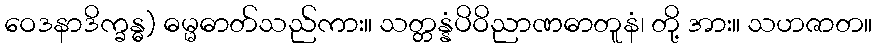
ဝေဒနာဒိက္ခန္ဓ) ဓမ္မဓာတ်သည်ကား။ သတ္တန္နံပိဝိညာဏဓာတူနံ၊ တို့ အား။ သဟဇာတ။